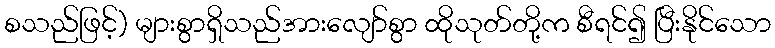
စသည်ဖြင့်) များစွာရှိသည်အားလျော်စွာ ထိုသုတ်တို့က စီရင်၍ ပြီးနိုင်သော